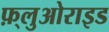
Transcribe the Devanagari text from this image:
फ़्लुओराइड